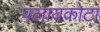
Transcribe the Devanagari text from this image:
पलायकोटा